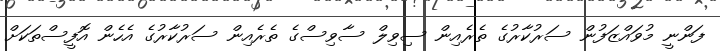
ފަންނީ މުވައްޒަފުން ސަރުކާރުގެ ތެރެއިން ސިވިލް ސާވިސްގެ ތެރެއިން ސަރުކާރުގެ އެހެން އޮފީސްތަކަށް